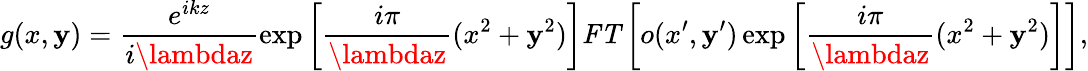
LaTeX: g(x,\mathbf{y})=\frac{{e^{ikz}}}{{i\lambdaz}}\exp\left[\frac{{i\pi}}{{\lambdaz}}(x^{2}+\mathbf{y}^{2})\right]\textbf{{\textit{{FT}}}}\left[o(x^{\prime},\mathbf{y}^{\prime})\exp\left[\frac{{i\pi}}{{\lambdaz}}(x^{2}+\mathbf{y}^{2})\right]\right],